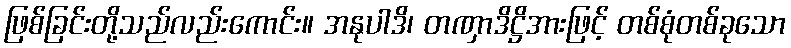
ဖြစ်ခြင်းတို့သည်လည်းကောင်း။ အနုပါဒိ၊ တဏှာဒိဋ္ဌိအားဖြင့် တစ်စုံတစ်ခုသော